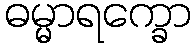
ဓမ္မာရက္ခော